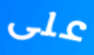
على